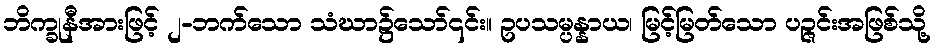
ဘိက္ခုနီအားဖြင့် ၂-ဘက်သော သံဃာ၌သော်၎င်း။ ဥပသမ္ပန္နာယ၊ မြင့်မြတ်သော ပဉ္ဇင်းအဖြစ်သို့